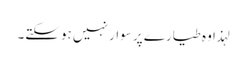
لہذا وہ طیارے پر سوار نہیں ہوسکتے۔